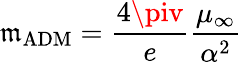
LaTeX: \mathfrak{m}_{\mathrm{{ADM}}}=\frac{{4\piv}}{{e}}\frac{{\mu_{\infty}}}{{\alpha^{2}}}